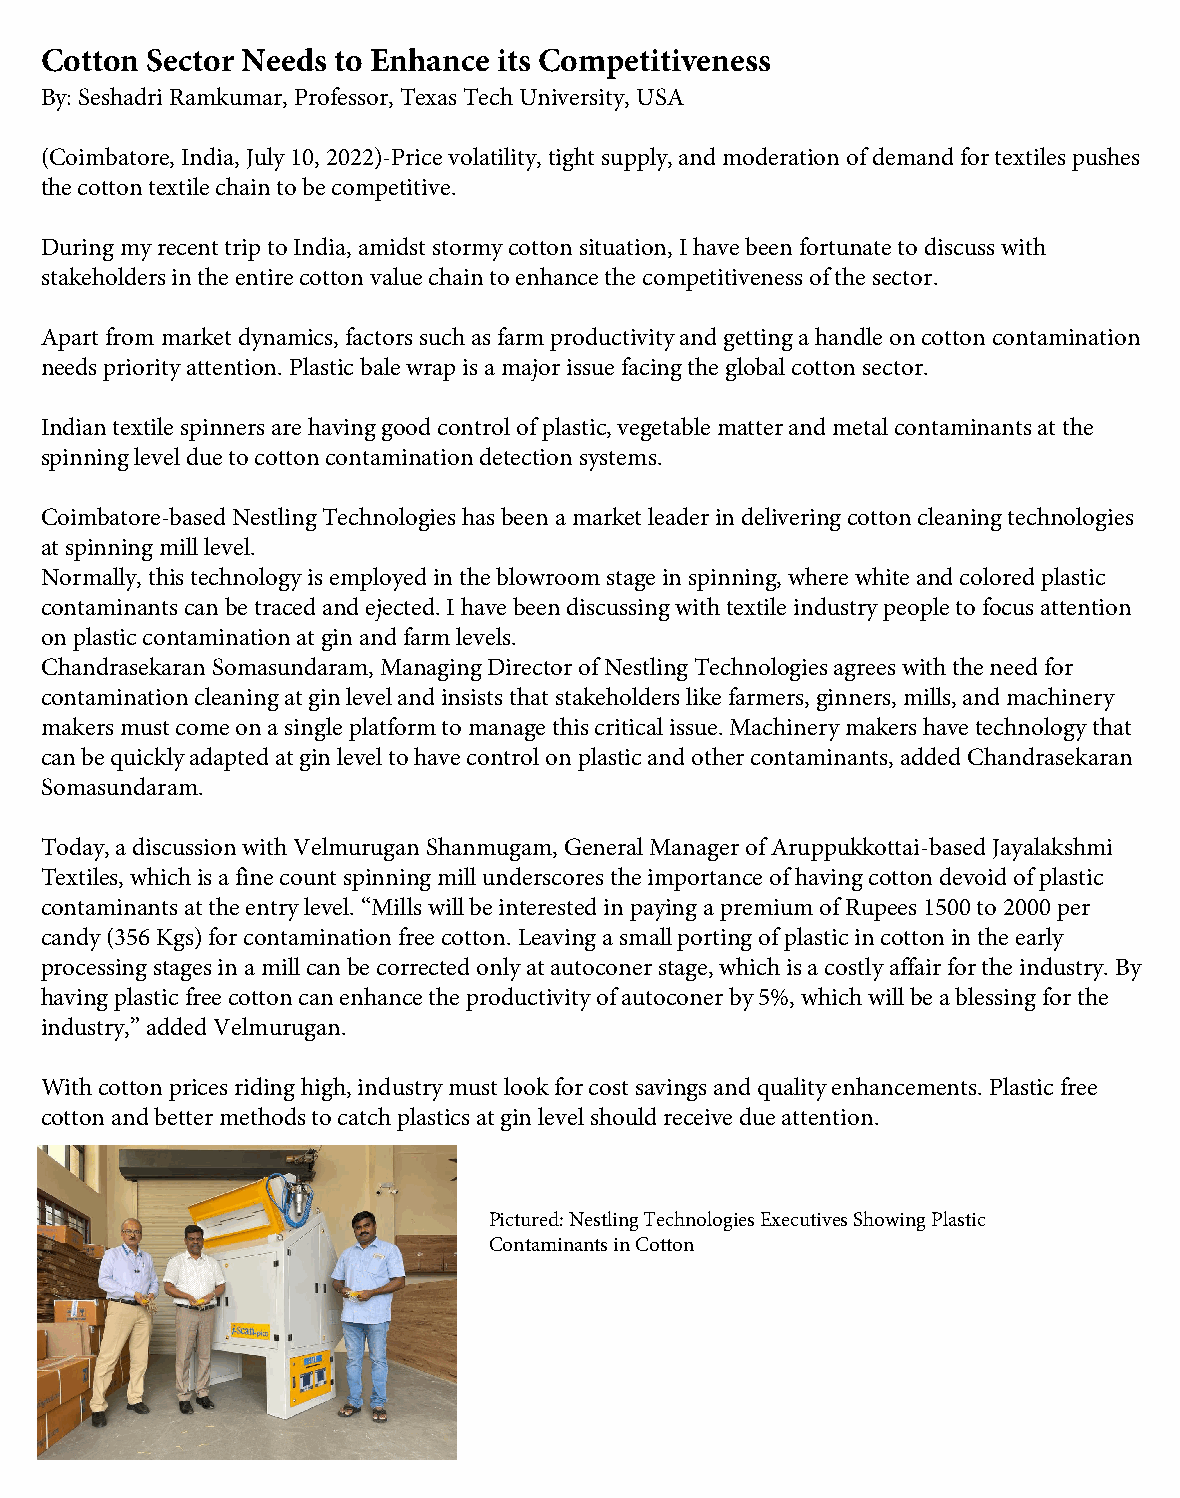
Cotton Sector Needs to Enhance its Competitiveness
 By: Seshadri Ramkumar, Professor, Texas Tech University, USA
 (Coimbatore, India, July 10, 2022)-Price volatility, tight supply, and moderation of demand for textiles pushes
 the cotton textile chain to be competitive.
 During my recent trip to India, amidst stormy cotton situation, I have been fortunate to discuss with
 stakeholders in the entire cotton value chain to enhance the competitiveness of the sector.
 Apart from market dynamics, factors such as farm productivity and getting a handle on cotton contamination
 needs priority attention. Plastic bale wrap is a major issue facing the global cotton sector.
 Indian textile spinners are having good control of plastic, vegetable matter and metal contaminants at the
 spinning level due to cotton contamination detection systems.
 Coimbatore-based Nestling Technologies has been a market leader in delivering cotton cleaning technologies
 at spinning mill level.
 Normally, this technology is employed in the blowroom stage in spinning, where white and colored plastic
 contaminants can be traced and ejected. I have been discussing with textile industry people to focus attention
 on plastic contamination at gin and farm levels.
 Chandrasekaran Somasundaram, Managing Director of Nestling Technologies agrees with the need for
 contamination cleaning at gin level and insists that stakeholders like farmers, ginners, mills, and machinery
 makers must come on a single platform to manage this critical issue. Machinery makers have technology that
 can be quickly adapted at gin level to have control on plastic and other contaminants, added Chandrasekaran
 Somasundaram.
 Today, a discussion with Velmurugan Shanmugam, General Manager of Aruppukkottai-based Jayalakshmi
 Textiles, which is a fine count spinning mill underscores the importance of having cotton devoid of plastic
 contaminants at the entry level. “Mills will be interested in paying a premium of Rupees 1500 to 2000 per
 candy (356 Kgs) for contamination free cotton. Leaving a small porting of plastic in cotton in the early
 processing stages in a mill can be corrected only at autoconer stage, which is a costly affair for the industry. By
 having plastic free cotton can enhance the productivity of autoconer by 5%, which will be a blessing for the
 industry,” added Velmurugan.
 With cotton prices riding high, industry must look for cost savings and quality enhancements. Plastic free
 cotton and better methods to catch plastics at gin level should receive due attention.
 Pictured: Nestling Technologies Executives Showing Plastic
 Contaminants in Cotton